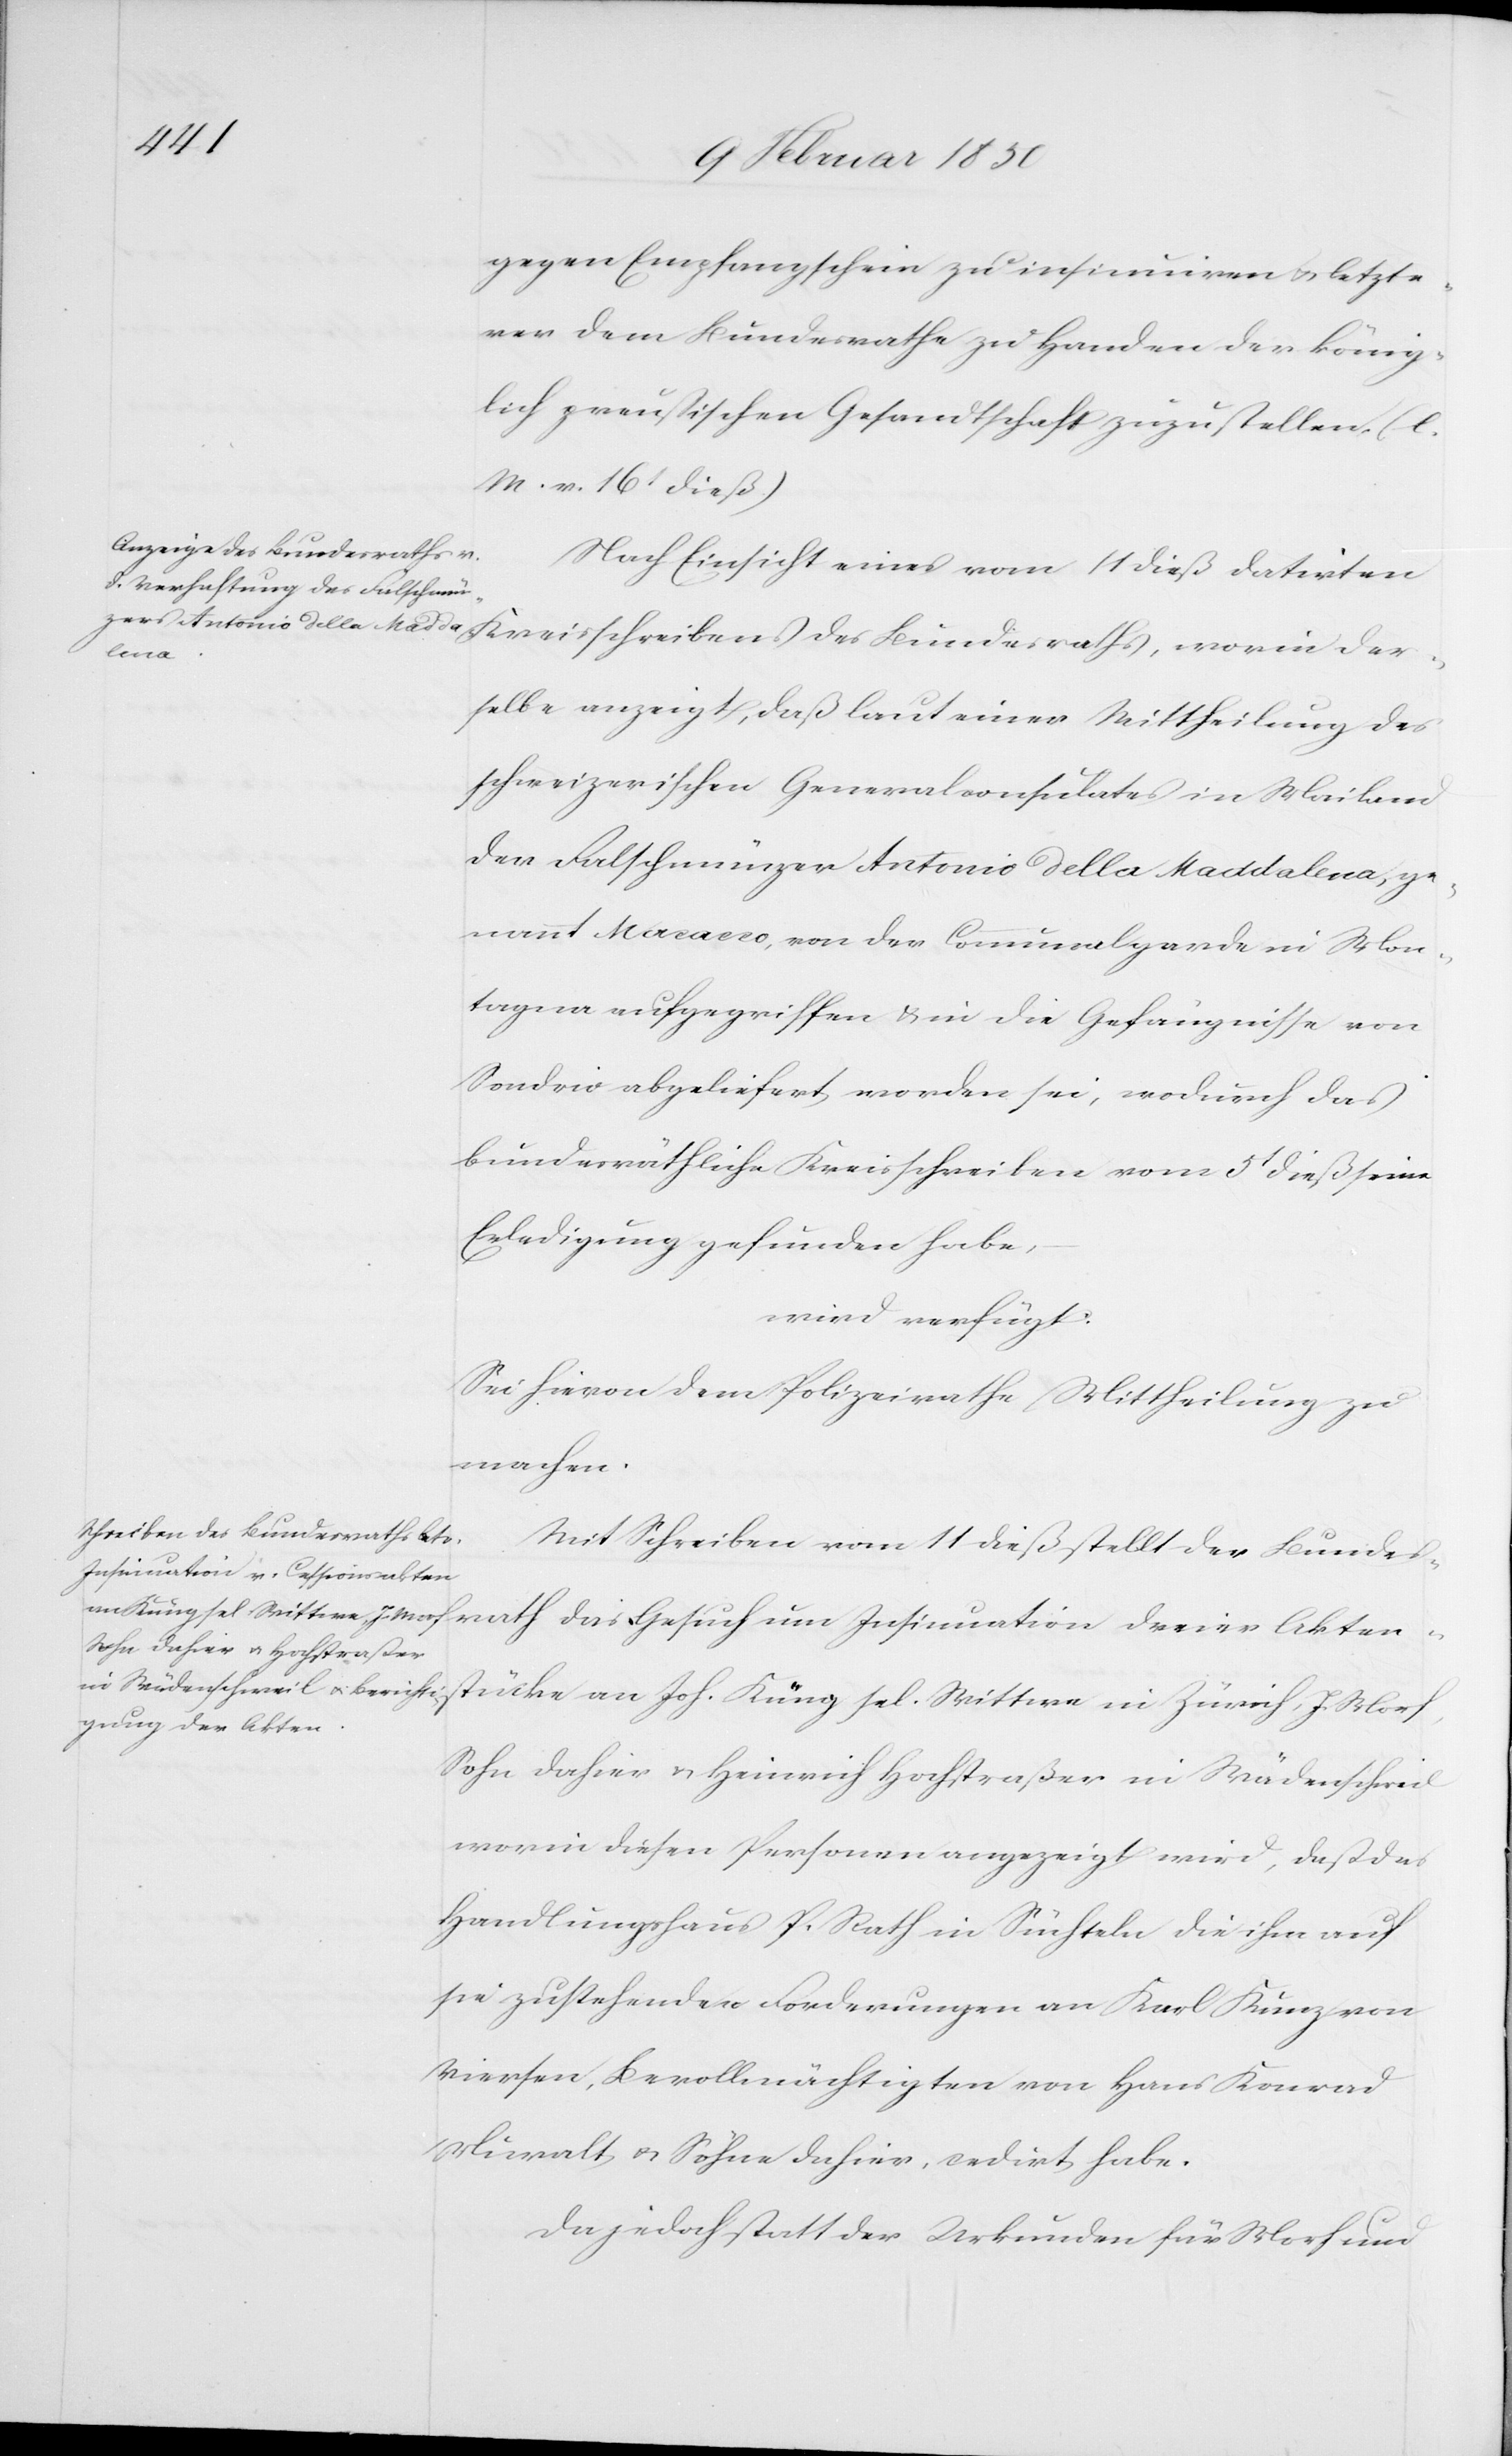
14 Februar 1850]
gegen Empfangschein zu insinuiren u. letzte¬
rer dem Bundesrathe zu Handen der könig¬
lich preußischen Gesandtschaft zuzustellen (l.
M. v. 16t dieß)
Nach Einsicht eines vom 11 dieß datirten
Kreis¬
rselbe anzeigt, daß laut einer Mittheilung des
schweizerischen Generalconsulates in Mailand
der Falschmünzer Antonio della Maddalena, ge¬
nannt Macacco, von der Communalgarde in Mon¬
tagna aufgegriffen u. in die Gefängnisse von
Sondrio abgeliefert worden sei, wodurch das
bundesräthliche Kreisschreiben vom 5t dieß seine
Erledigung gefunden habe,
wird verfügt:
Sei hievon dem Polizeirathe Mittheilung zu
machen.
schreibens des Bundesraths, wo¬
Mit Schreiben vom 11 dieß stellt der Bundes¬
Insinuation dreier Akten¬
das
stücke an Joh. Küng sel. Wittwe in Zürich, J. Morf,
Sohn dahier u. Heinrich Hochstraßer in Wädenschweil
worin diesen Personen angezeigt wird, daß das
Handlungshaus P. Rath in Süchteln die ihm auf
sie zustehenden Forderungen an Karl Kunz von
Viersen, Bevollmächtigten von Hans Konrad
Muralt u. Söhne dahier, cedirt habe.
Da jedoch statt der Urkunden für Morf und